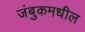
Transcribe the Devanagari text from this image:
जंबुकमधील